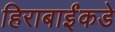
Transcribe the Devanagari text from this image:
हिराबाईंकडे